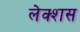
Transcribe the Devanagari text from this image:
लेक्शस